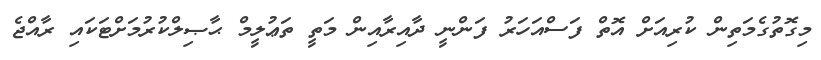
މިގޮތުގެމަތިން ކުރިއަށް އޮތް ފަސްއަހަރު ފަންނީ ދާއިރާއިން މަތީ ތަޢުލީމް ޙާޞިލްކުރުމަށްޓަކައި ރާއްޖެ